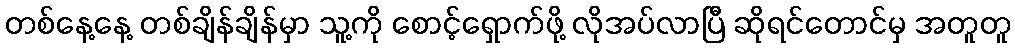
တစ်နေ့နေ့ တစ်ချိန်ချိန်မှာ သူ့ကို စောင့်ရှောက်ဖို့ လိုအပ်လာပြီ ဆိုရင်တောင်မှ အတူတူ